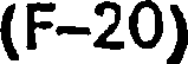
(F-20)